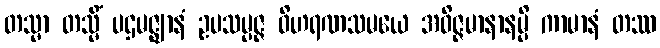
တသ္မာ တသ္မိံ ပဌမဇ္ဈာနံ ဥပသမ္ပဇ္ဇ ဝိဟရဏသမယေ အဝိဇ္ဇမာနာနမ္ပိ ကာမာနံ တဿ